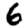
Digit: 6